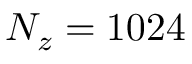
N _ { z } = 1 0 2 4